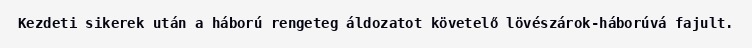
Kezdeti sikerek után a háború rengeteg áldozatot követelő lövészárok-háborúvá fajult.